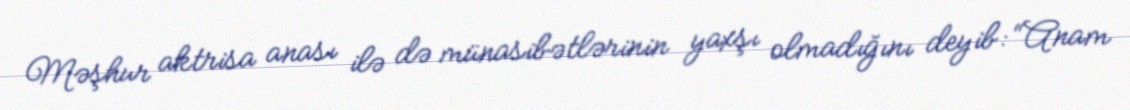
Məşhur aktrisa anası ilə də münasibətlərinin yaxşı olmadığını deyib: “Anam